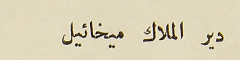
دير الملاكِ ميخائيل